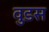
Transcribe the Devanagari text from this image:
वुडस